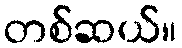
တစ်ဆယ်။